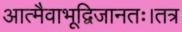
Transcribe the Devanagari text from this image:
आत्मैवाभूद्विजानतः।तत्र